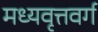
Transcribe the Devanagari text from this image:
मध्यवृत्तवर्ग